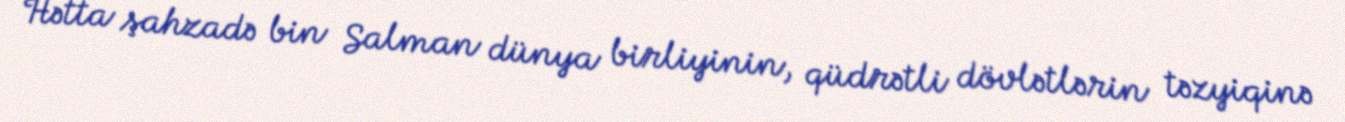
Hətta şahzadə bin Salman dünya birliyinin, qüdrətli dövlətlərin təzyiqinə